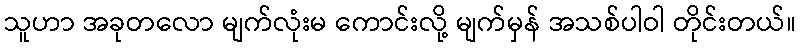
သူဟာ အခုတလော မျက်လုံးမ ကောင်းလို့ မျက်မှန် အသစ်ပါဝါ တိုင်းတယ်။